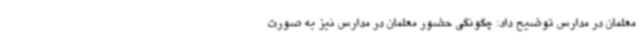
معلمان در مدارس توضیح داد: چگونگی حضور معلمان در مدارس نیز به صورت